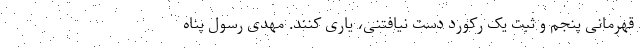
قهرمانی پنجم و ثبت یک رکورد دست نیافتنی، یاری کنند. مهدی رسول پناه